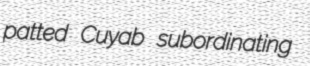
patted Cuyab subordinating